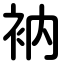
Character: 衲